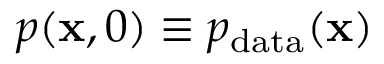
p ( \mathbf { x } , 0 ) \equiv p _ { \mathrm { d a t a } } ( \mathbf { x } )